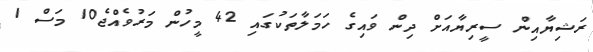
ރަޝިޔާއިން ސީރިޔާއަށް ދިން ވައިގެ ހަމަލާތަކުގައި 42 މީހުން މަރުވެއްޖެ10 މަސް 1